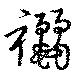
襹